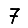
Digit: 7